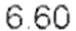
6.60